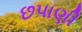
છપાણી